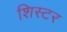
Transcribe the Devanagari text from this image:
शिस्टर